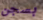
بسجن